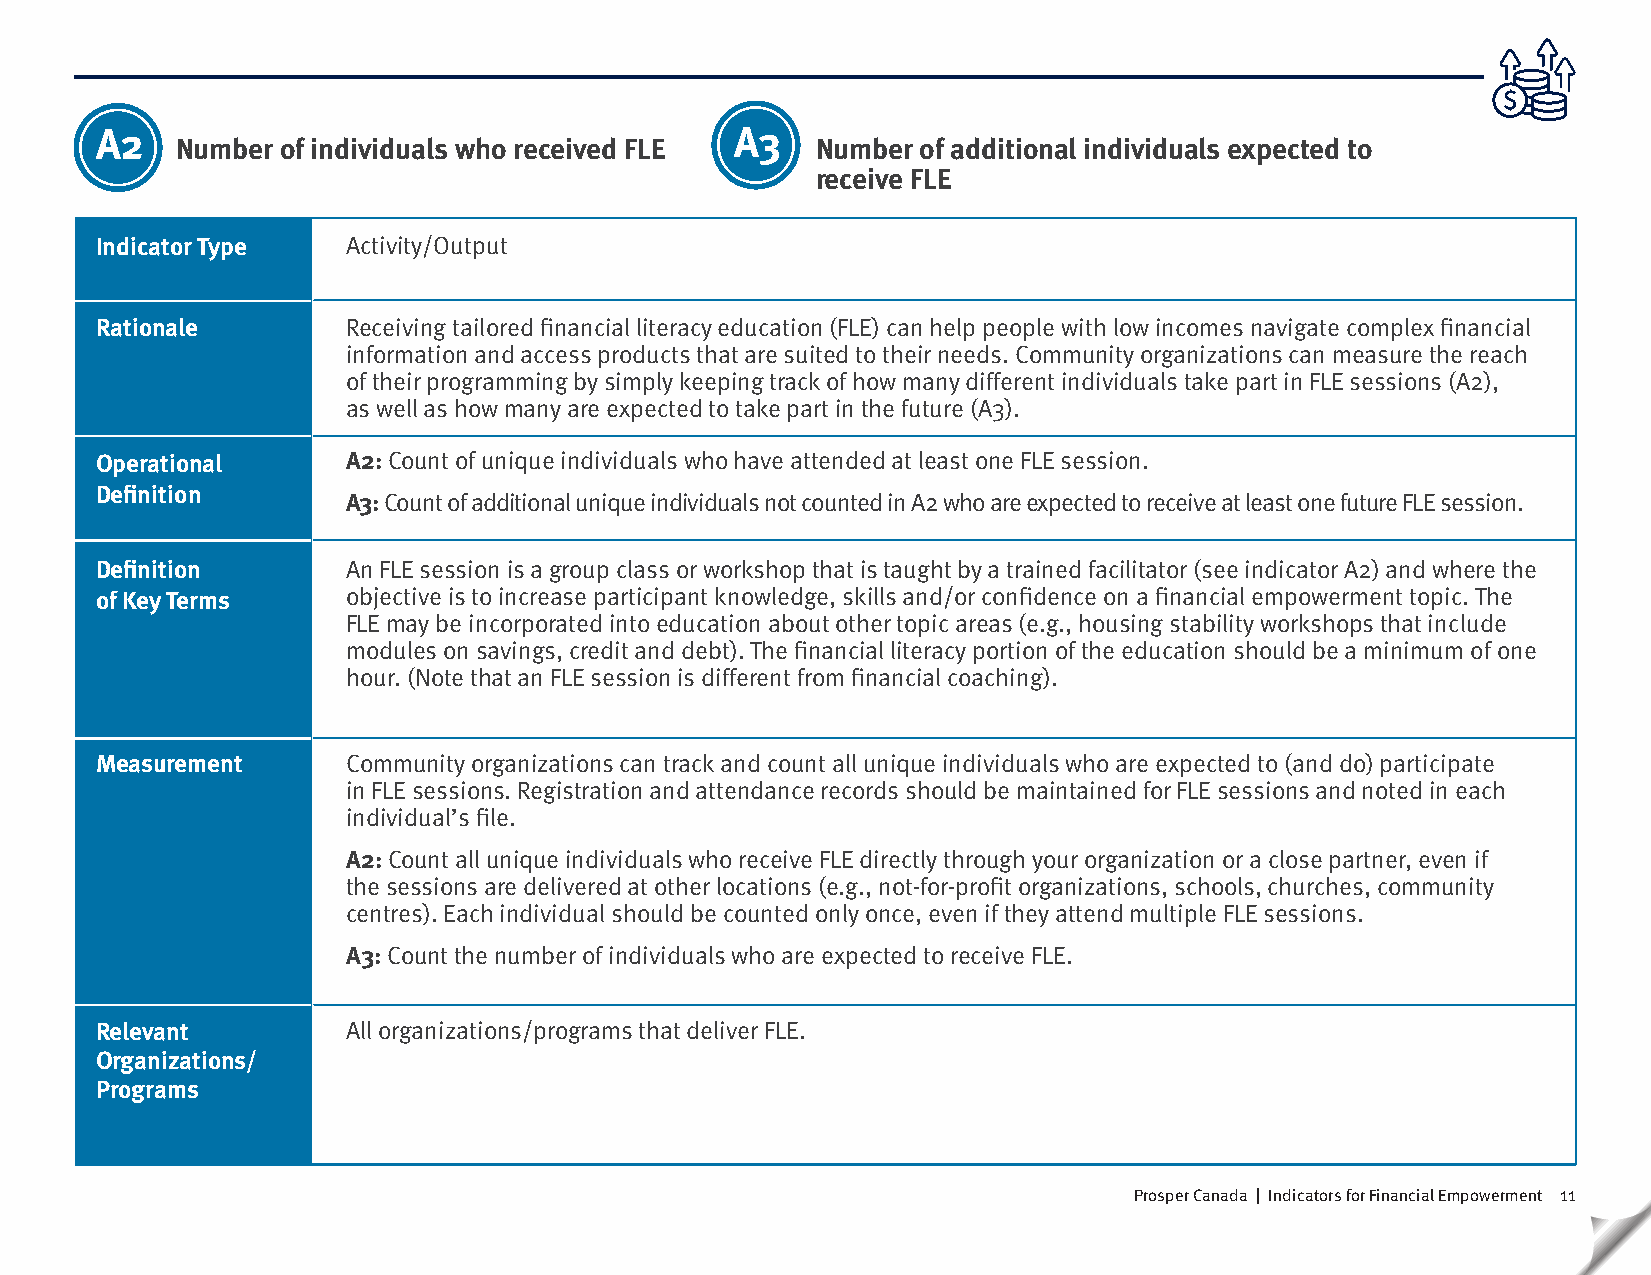
A2                                         A3
 Number of individuals who received FLE    N umber of additional individuals expected to
 receive FLE
 Indicator Type   Activity/Output
 Rationale        Receiving tailored financial literacy education (FLE) can help people with low incomes navigate complex financial
 information and access products that are suited to their needs. Community organizations can measure the reach
 of their programming by simply keeping track of how many different individuals take part in FLE sessions (A2),
 as well as how many are expected to take part in the future (A3).
 Operational      A2: Count of unique individuals who have attended at least one FLE session.
 Definition
 A3: Count of additional unique individuals not counted in A2 who are expected to receive at least one future FLE session.
 Definition       An FLE session is a group class or workshop that is taught by a trained facilitator (see indicator A2) and where the
 of Key Terms     objective is to increase participant knowledge, skills and/or confidence on a financial empowerment topic. The
 FLE may be incorporated into education about other topic areas (e.g., housing stability workshops that include
 modules on savings, credit and debt). The financial literacy portion of the education should be a minimum of one
 hour. (Note that an FLE session is different from financial coaching).
 Measurement      Community organizations can track and count all unique individuals who are expected to (and do) participate
 in FLE sessions. Registration and attendance records should be maintained for FLE sessions and noted in each
 individual’s file.
 A2: Count all unique individuals who receive FLE directly through your organization or a close partner, even if
 the sessions are delivered at other locations (e.g., not-for-profit organizations, schools, churches, community
 centres). Each individual should be counted only once, even if they attend multiple FLE sessions.
 A3: Count the number of individuals who are expected to receive FLE.
 Relevant         All organizations/programs that deliver FLE.
 Organizations/
 Programs
 Prosper Canada | Indicators for Financial Empowerment 11